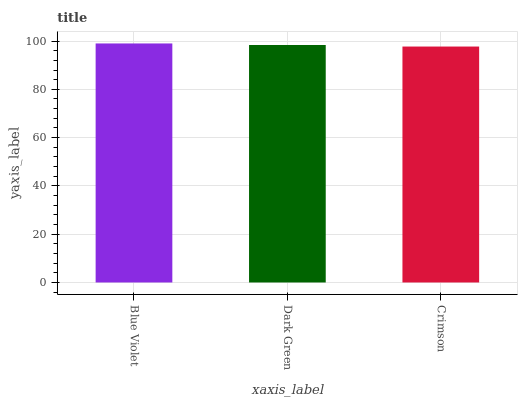
| xaxis_label | bars |
 | --- | --- |
 | Blue Violet | 99 |
 | Dark Green | 98.4 |
 | Crimson | 97.7 |